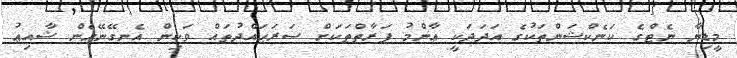
މީޑިޔާ ނެޓްގެ ކަނެކްޝަންތަކުގެ އަދަދަކީ ޢާންމު ފަރާތްތަކަށް ސަރަޙައްދުތައް ވަކިން އެނގޭނޭހެން ޝާއިޢު